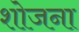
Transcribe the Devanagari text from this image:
शोजना